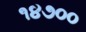
૧૪૭૦૦